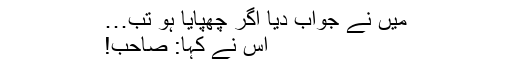
میں نے جواب دیا اگر چھپایا ہو تب…
اس نے کہا: صاحب!